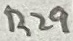
Text: R29